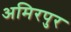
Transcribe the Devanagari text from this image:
अमिरपुर